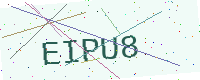
Text: EIPU8